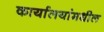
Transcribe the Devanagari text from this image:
कार्यालयांमधील